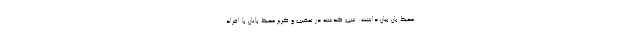
محیط بان بیان داشت: شب گذشته در تعقیب و گریز محیط بانان با افراد